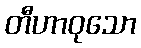
တီဟာဝုသော